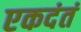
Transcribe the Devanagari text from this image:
एकदंतं